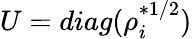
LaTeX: U=diag(\rho_{i}^{*1/2})